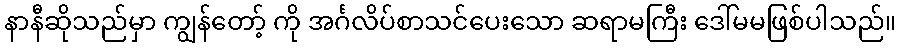
နာနီဆိုသည်မှာ ကျွန်တော့် ကို အင်္ဂလိပ်စာသင်ပေးသော ဆရာမကြီး ဒေါ်မမဖြစ်ပါသည်။